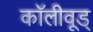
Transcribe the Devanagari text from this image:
कॉलीवूड्